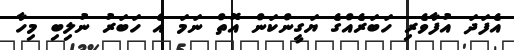
އެފަދަ އުފާވެރި ހަބަރެއްގެ ޔަގީންކަން އޮތް ނަމަ އެ ހަބަރު ނުލިބި މިހާ